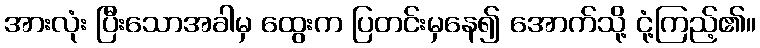
အားလုံး ပြီးသောအခါမှ ထွေးက ပြတင်းမှနေ၍ အောက်သို့ ငုံ့ကြည့်၏။